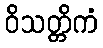
ဝိသတ္တိကံ